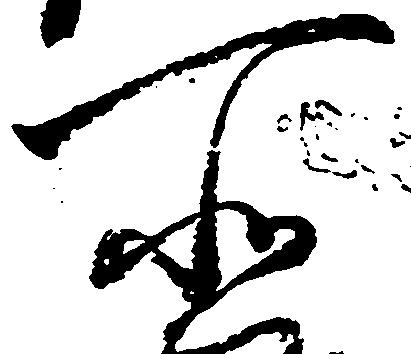
所